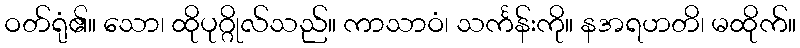
ဝတ်ရုံ၏။ သော၊ ထိုပုဂ္ဂိုလ်သည်။ ကာသာဝံ၊ သင်္ကန်းကို။ နအရဟတိ၊ မထိုက်။